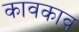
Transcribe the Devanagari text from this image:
कावकाव